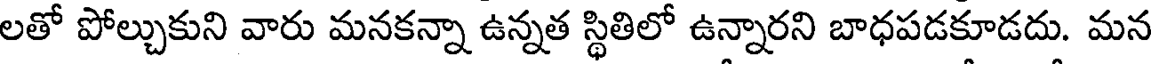
లతో పోల్చుకుని వారు మనకన్నా ఉన్నత స్థితిలో ఉన్నారని బాధపడకూడదు. మన